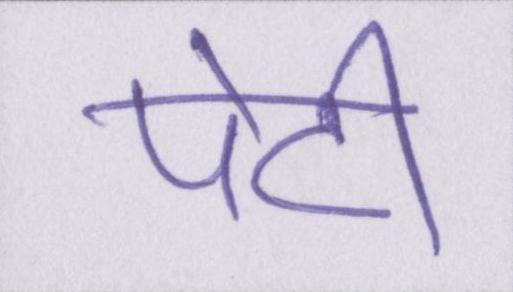
पेटी